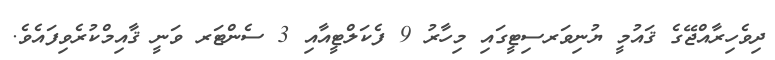
ދިވެހިރާއްޖޭގެ ޤައުމީ ޔުނިވަރސިޓީގައި މިހާރު 9 ފެކަލްޓީއާއި 3 ސެންޓަރ ވަނީ ޤާއިމްކުރެވިފައެވެ.